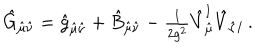
\hat { G } _ { \hat { \mu } \hat { \nu } } = \hat { g } _ { \hat { \mu } \hat { \nu } } + \hat { B } _ { \hat { \mu } \hat { \nu } } - { \textstyle \frac { 1 } { 2 g ^ { 2 } } } \hat { V } _ { \hat { \mu } } ^ { I } \hat { V } _ { \hat { \nu } I } \, .